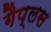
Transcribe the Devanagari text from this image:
गैप्लस